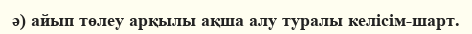
ә) айып төлеу арқылы ақша алу туралы келісім-шарт.